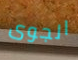
الجوى